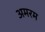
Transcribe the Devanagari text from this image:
अमरम